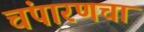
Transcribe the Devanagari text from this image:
चंपारणचा